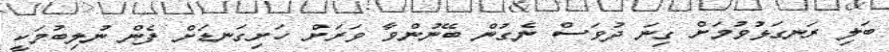
ބަލި ރަނގަޅުވުމަށް ގިނަ ދުވަސް ނެގުން ބޭނުންވާ ވަރަށް ހަށިގަނޑަށް ފެން ނުލިބުމަކީ